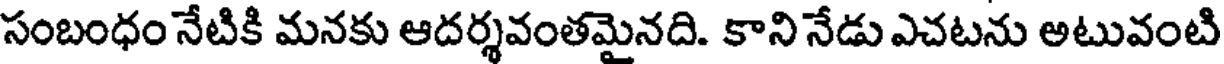
సంబంధం నేటికి మనకు ఆదర్శవంతమైనది. కాని నేడు ఎచటను అటువంటి